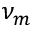
\nu _ { m }